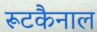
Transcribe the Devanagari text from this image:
रूटकैनाल